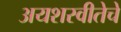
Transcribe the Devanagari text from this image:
अयशस्वीतेचे